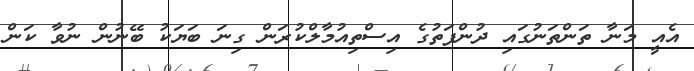
އެއީ މަނާ ތަންތަނުގައި ދުންފަތުގެ އިސްތިއުމާލްކުރަން ގިނަ ބަޔަކު ބޭނުން ނުވާ ކަން